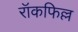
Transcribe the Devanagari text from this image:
रॉकफिल्ल